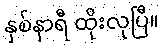
နှစ်နာရီ ထိုးလုပြီ။